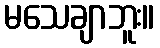
မသေချာဘူး။